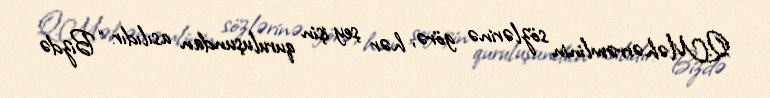
Q.Məhərrəmlinin sözlərinə görə, hər şey işin quruluşundan asılıdır: “Bizdə